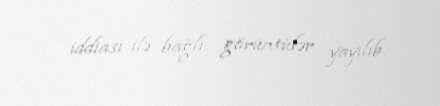
iddiası ilə bağlı görüntülər yayılıb.